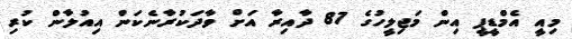
މިއީ އެމްޑީޕީ އިން މަޖިލީހުގެ 87 ދާއިރާ އަށް ވާދަކުރާނެކަން އިއުލާން ކުރި